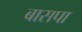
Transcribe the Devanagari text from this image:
बासपा